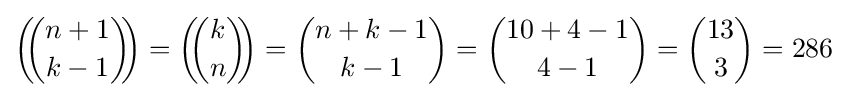
\left(\!\!{n+1 \choose k-1}\!\!\right)=\left(\!\!{k \choose n}\!\!\right)={\binom {n+k-1}{k-1}}={\binom {10+4-1}{4-1}}={\binom {13}{3}}=286